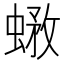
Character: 𧎄